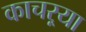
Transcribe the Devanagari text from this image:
काचऱ्या